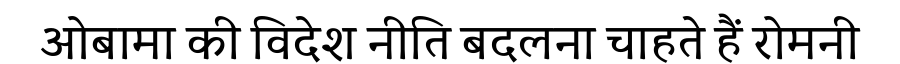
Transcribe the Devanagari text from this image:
ओबामा की विदेश नीति बदलना चाहते हैं रोमनी